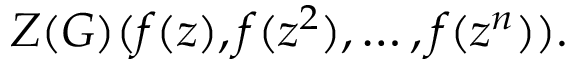
Z ( G ) ( f ( z ) , f ( z ^ { 2 } ) , \ldots , f ( z ^ { n } ) ) .